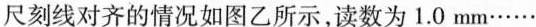
尺刻线对齐的情况如图乙所示，读数为1.0mm……